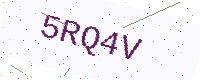
Text: 5RQ4V